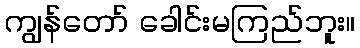
ကျွန်တော် ခေါင်းမကြည်ဘူး။